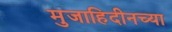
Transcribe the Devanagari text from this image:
मुजाहिदीनच्या